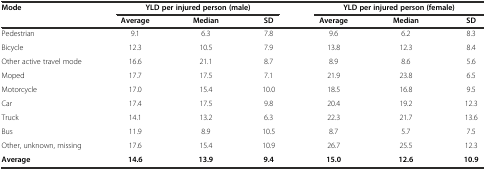
<table><thead><tr><td><b>Mode</b></td><td colspan="3"><b>YLD per injured person (male)</b></td><td colspan="3"><b>YLD per injured person (female)</b></td></tr><tr><td></td><td><b>Average</b></td><td><b>Median</b></td><td><b>SD</b></td><td><b>Average</b></td><td><b>Median</b></td><td><b>SD</b></td></tr></thead><tbody><tr><td>Pedestrian</td><td>9.1</td><td>6.3</td><td>7.8</td><td>9.6</td><td>6.2</td><td>8.3</td></tr><tr><td>Bicycle</td><td>12.3</td><td>10.5</td><td>7.9</td><td>13.8</td><td>12.3</td><td>8.4</td></tr><tr><td>Other active travel mode</td><td>16.6</td><td>21.1</td><td>8.7</td><td>8.9</td><td>8.6</td><td>5.6</td></tr><tr><td>Moped</td><td>17.7</td><td>17.5</td><td>7.1</td><td>21.9</td><td>23.8</td><td>6.5</td></tr><tr><td>Motorcycle</td><td>17.0</td><td>15.4</td><td>10.0</td><td>18.5</td><td>16.8</td><td>9.5</td></tr><tr><td>Car</td><td>17.4</td><td>17.5</td><td>9.8</td><td>20.4</td><td>19.2</td><td>12.3</td></tr><tr><td>Truck</td><td>14.1</td><td>13.2</td><td>6.3</td><td>22.3</td><td>21.7</td><td>13.6</td></tr><tr><td>Bus</td><td>11.9</td><td>8.9</td><td>10.5</td><td>8.7</td><td>5.7</td><td>7.5</td></tr><tr><td>Other, unknown, missing</td><td>17.6</td><td>15.4</td><td>10.9</td><td>26.7</td><td>25.5</td><td>12.3</td></tr><tr><td><b>Average</b></td><td><b>14.6</b></td><td><b>13.9</b></td><td><b>9.4</b></td><td><b>15.0</b></td><td><b>12.6</b></td><td><b>10.9</b></td></tr></tbody></table>